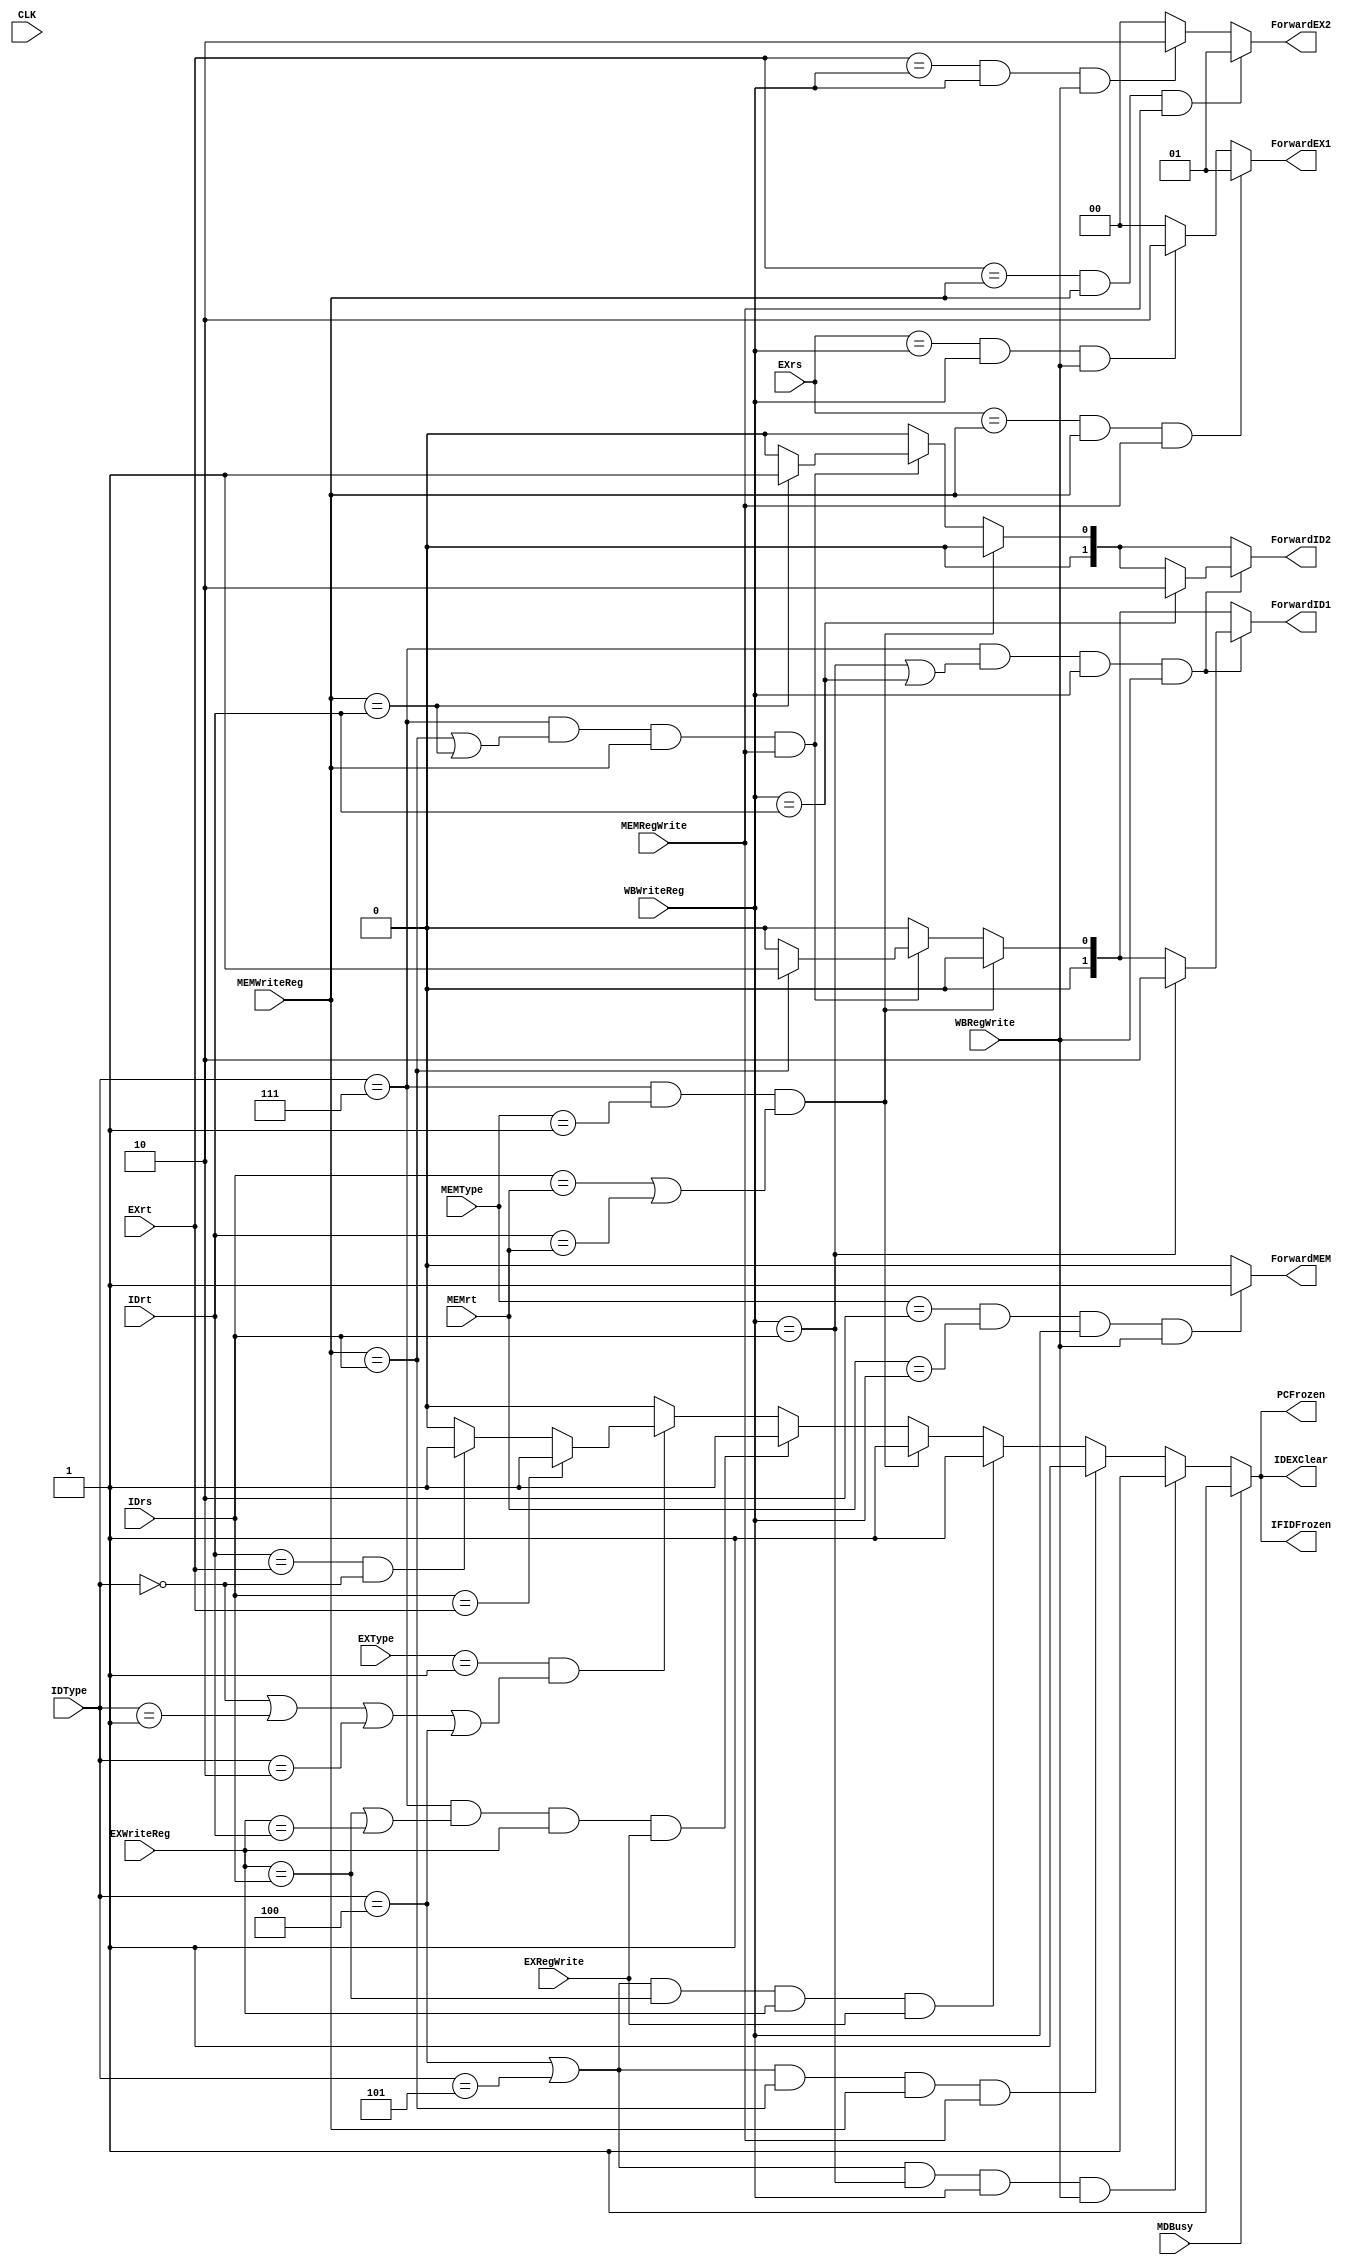
`timescale 1ns / 1ns
//////////////////////////////////////////////////////////////////////////////////
// Company: 
// Engineer: 
// 
// Design Name: 
// Module Name: hazard
// Project Name: 
// Target Devices: 
// Tool Versions: 
// Description: 
// 
// Dependencies: 
// 
// Revision:
// Revision 0.01 - File Created
// Additional Comments:
// 
//////////////////////////////////////////////////////////////////////////////////


module Hazard(CLK,EXrs,EXrt,EXType,EXRegWrite,EXWriteReg,IDType,IDrt,IDrs,MEMWriteReg,MEMRegWrite,MEMType,MEMrt,WBWriteReg,WBRegWrite,MDBusy,
    ForwardID1,ForwardID2,ForwardEX1,ForwardEX2,ForwardMEM,PCFrozen,IFIDFrozen,IDEXClear);
    input CLK;
    input [4:0] IDrs,IDrt,EXrs,EXrt,EXWriteReg,MEMrt,MEMWriteReg,WBWriteReg;
    input [2:0] IDType,EXType,MEMType;
    input EXRegWrite,MEMRegWrite,WBRegWrite,MDBusy;
    output reg[1:0] ForwardEX1,ForwardEX2,ForwardID1,ForwardID2;
    output reg ForwardMEM;
    output reg PCFrozen,IFIDFrozen,IDEXClear;

    integer count;
    initial begin
        PCFrozen=0;
        IFIDFrozen=0;
        IDEXClear=0;
        ForwardEX1=0;
        ForwardEX2=0;
        ForwardID1=0;
        ForwardID2=0;
        ForwardMEM=0;
        count=0;
    end
    always @(*)
    begin
        PCFrozen=0;
        IFIDFrozen=0;
        IDEXClear=0;
        ForwardEX1=0;
        ForwardEX2=0;
        ForwardID1=0;
        ForwardID2=0;
        ForwardMEM=0;
        // type1
        if(EXrs==MEMWriteReg && MEMWriteReg && MEMRegWrite)
            ForwardEX1=2'b01;
        else if(EXrs==WBWriteReg &&WBWriteReg && WBRegWrite)
            ForwardEX1=2'b10;
        if(EXrt==MEMWriteReg && MEMWriteReg && MEMRegWrite)
            ForwardEX2=2'b01;
        else if(EXrt==WBWriteReg && WBWriteReg && WBRegWrite)
            ForwardEX2=2'b10;
        
        //type2       lw                 R                ori                   lw             sw              jr
        if(EXType==3'b001 && (IDType==3'b000 || IDType==3'b000 || IDType==3'b001 || IDType==3'b010 || IDType==3'b100))
        begin
            if(IDrt==EXrt && IDType==3'b000)//R
            begin
                PCFrozen=1;
                IFIDFrozen=1;
                IDEXClear=1;
                $display("type2 stall");
            end
            if(IDrs==EXrt)
            begin
                PCFrozen=1;
                IFIDFrozen=1;
                IDEXClear=1;
                $display("type2 stall");
            end
        end

        //type3 branch
        if(IDType==3'b111 && (EXWriteReg==IDrs || EXWriteReg ==IDrt) && EXWriteReg && EXRegWrite)
        begin
            PCFrozen=1;
            IFIDFrozen=1;
            IDEXClear=1;
            $display("type3 stall1");
        end//                            lw
        if(IDType==3'b111 && MEMType==3'b001 && (IDrs==MEMrt || IDrt==MEMrt))
        begin
            PCFrozen=1;
            IFIDFrozen=1;
            IDEXClear=1;
            $display("type3 stall2");
        end
        else if(IDType==3'b111 && (MEMWriteReg==IDrs || MEMWriteReg ==IDrt)&& MEMWriteReg && MEMRegWrite)
        begin
            if(MEMWriteReg==IDrs)
                ForwardID1=2'b01;
            if(MEMWriteReg ==IDrt)
                ForwardID2=2'b01;
        end
        if(IDType==3'b111 && (WBWriteReg==IDrs || WBWriteReg==IDrt) && WBWriteReg && WBRegWrite)
        begin
            if(WBWriteReg==IDrs)
                ForwardID1=2'b10;
            if(WBWriteReg==IDrt)
                ForwardID2=2'b10;
        end

        /*
        if(IDType==3'b111 && (WBWriteReg==IDrs || WBWriteReg==IDrt) && WBWriteReg && WBRegWrite)
        begin
            PCFrozen=1;
            IFIDFrozen=1;
            IDEXClear=1;
            $display("type3 stall3,count=%h",count);
            count=count+1;
        end
        */
        //type4 jr & jalr
        if((IDType==3'b100 || IDType==3'b101) && EXWriteReg==IDrs && EXWriteReg && EXRegWrite)
        begin
            PCFrozen=1;
            IFIDFrozen=1;
            IDEXClear=1;
            $display("type4 stall1");
        end
        if((IDType==3'b100 || IDType==3'b101) && MEMWriteReg==IDrs && MEMWriteReg && MEMRegWrite)
        begin
            PCFrozen=1;
            IFIDFrozen=1;
            IDEXClear=1;
            $display("type4 stall2");
        end
        if((IDType==3'b100 || IDType==3'b101) && WBWriteReg==IDrs && WBWriteReg && WBRegWrite)
        begin
            PCFrozen=1;
            IFIDFrozen=1;
            IDEXClear=1;
            $display("type4 stall3,count=$h",count);
            count=count+1;
        end

        //type5 sw
        if(MEMType==3'b010 && MEMrt==WBWriteReg && WBWriteReg && WBRegWrite)
            ForwardMEM=1;

        //type6 muldiv
        if(MDBusy)
        begin
            PCFrozen=1;
            IFIDFrozen=1;
            IDEXClear=1;
            $display("type6 stall");
        end
    end
endmodule